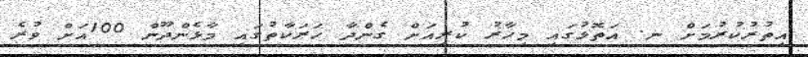
އިތުރުކުރުމަށް ނ. އަތޮޅުގައި މިހާރު ކުރިއަށް ގެންދާ ހަރަކާތުގައި މާޅެންދޫން 100އަށް ވުރެ